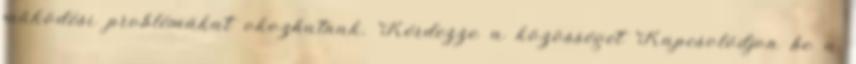
működési problémákat okozhatnak. Kérdezze a közösséget Kapcsolódjon be a